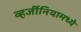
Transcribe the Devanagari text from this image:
व्हर्जीनियामध्ये